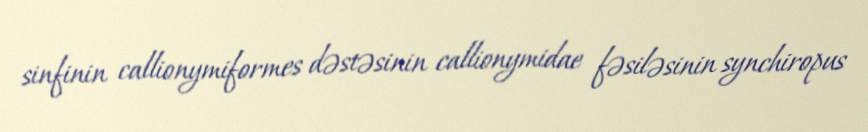
sinfinin callionymiformes dəstəsinin callionymidae fəsiləsinin synchiropus